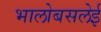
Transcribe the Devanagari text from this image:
भालोबसलेई